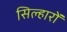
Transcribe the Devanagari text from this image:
सिल्हारों